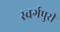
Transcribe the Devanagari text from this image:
स्वर्गपुरी